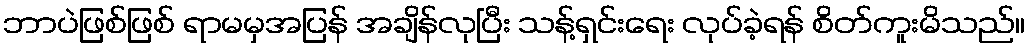
ဘာပဲဖြစ်ဖြစ် ရာမမှအပြန် အချိန်လုပြီး သန့်ရှင်းရေး လုပ်ခဲ့ရန် စိတ်ကူးမိသည်။